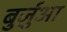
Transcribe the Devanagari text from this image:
बुर्ज़ुआ